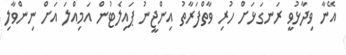
އޭނާ ވިދާޅުވީ ރަނގަޅަށް ހުރި ވާތްފަރާތު އިންޖީނު ޕައިލެޓުން އަމިއްލަ އަށް ނިންވާލި